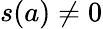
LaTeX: s(a)\neq 0